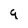
Character: 9